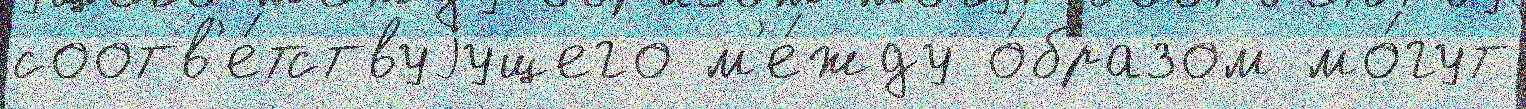
соотв'е́тствуjущего м'е́жду о́бразом мо́гут